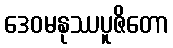
ဒေဝမနုဿပူဇိတော